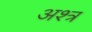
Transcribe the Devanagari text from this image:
अश्त्र